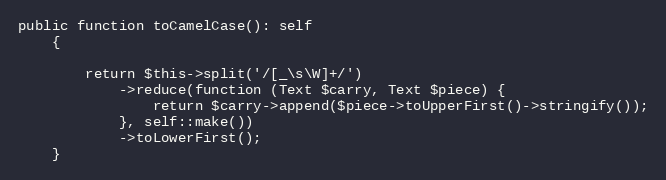
Language: PHP
public function toCamelCase(): self
    {

        return $this->split('/[_\s\W]+/')
            ->reduce(function (Text $carry, Text $piece) {
                return $carry->append($piece->toUpperFirst()->stringify());
            }, self::make())
            ->toLowerFirst();
    }